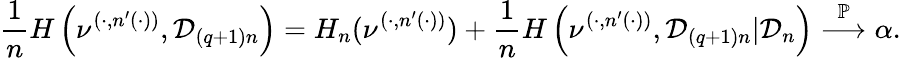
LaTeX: \frac{1}{n}H\left(\nu^{(\cdot,n^{\prime}(\cdot))},{\mathcal D}_{(q+1)n}\right)=H_{n}(\nu^{(\cdot,n^{\prime}(\cdot))})+\frac{1}{n}H\left(\nu^{(\cdot,n^{\prime}(\cdot))},{\mathcal D}_{(q+1)n}|{\mathcal D}_{n}\right)\overset{\mathbb P}{\longrightarrow}\alpha.